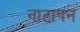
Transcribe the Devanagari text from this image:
नाटापन